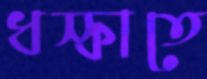
ধস্‌কাতে